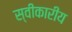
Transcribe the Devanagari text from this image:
स्वीकारीय